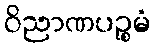
ဝိညာဏပဉ္စမံ